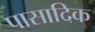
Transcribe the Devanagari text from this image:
पासादिक